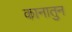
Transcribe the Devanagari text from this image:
कानातुन